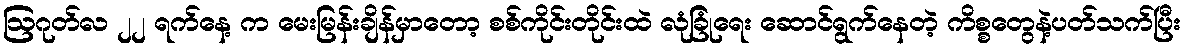
ဩဂုတ်လ ၂၂ ရက်နေ့ က မေးမြန်းချိန်မှာတော့ စစ်ကိုင်းတိုင်းထဲ လုံခြုံရေး ဆောင်ရွက်နေတဲ့ ကိစ္စတွေနဲ့ပတ်သက်ပြီး